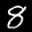
Label: 8